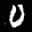
Label: 0